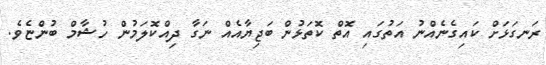
ރަނގަޅަށް ކައިގެނެއްނު އަތުގައި އޮތް ކޮތަޅުން ބަޖިޔާއެއް ނަގާ ދިއްކޮލަމުން ހުޝާމް ބުންޏެވެ.